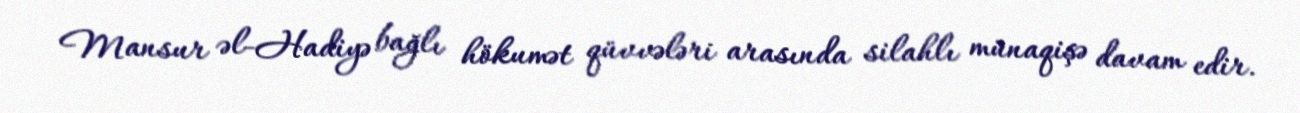
Mansur əl-Hadiyə bağlı hökumət qüvvələri arasında silahlı münaqişə davam edir.